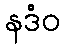
နဒံဝ